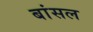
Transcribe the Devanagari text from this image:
बांसल